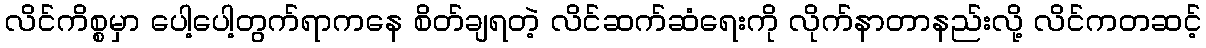
လိင်ကိစ္စမှာ ပေါ့ပေါ့တွက်ရာကနေ စိတ်ချရတဲ့ လိင်ဆက်ဆံရေးကို လိုက်နာတာနည်းလို့ လိင်ကတဆင့်